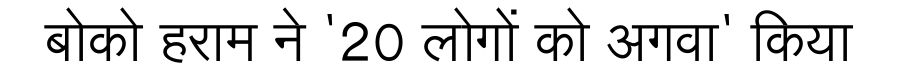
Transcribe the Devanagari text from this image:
बोको हराम ने '20 लोगों को अगवा' किया